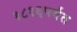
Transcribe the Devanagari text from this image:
१८१६पर्यंत